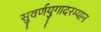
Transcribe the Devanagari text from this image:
सुवर्णयुगादरम्यान